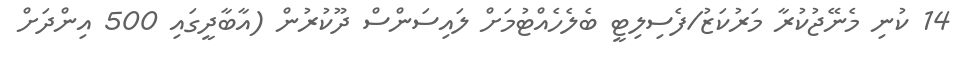
14 ކުނި މެނޭޖުކުރާ މަރުކަޒު/ފެސިލިޓީ ބެލެހެއްޓުމަށް ލައިސަންސް ދޫކުރުން (އާބާދީގައި 500 އިންދަށް